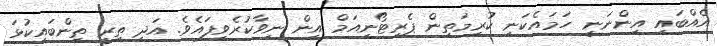
އެއްބައި އިންނަނީ ހަމައެކަނި ކުރިމަތިން ޕެރިޓޯނިއަމް އިން ނިވާކުރެވިފައެވެ. އަދި ތިރީ ތިންބައިކުޅަ